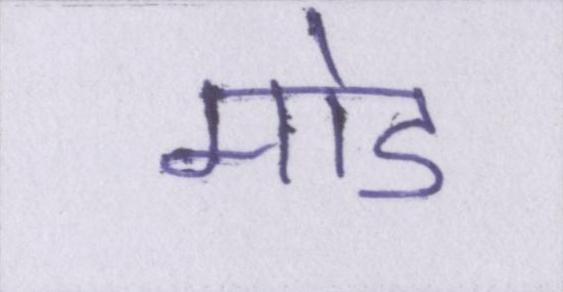
मोड